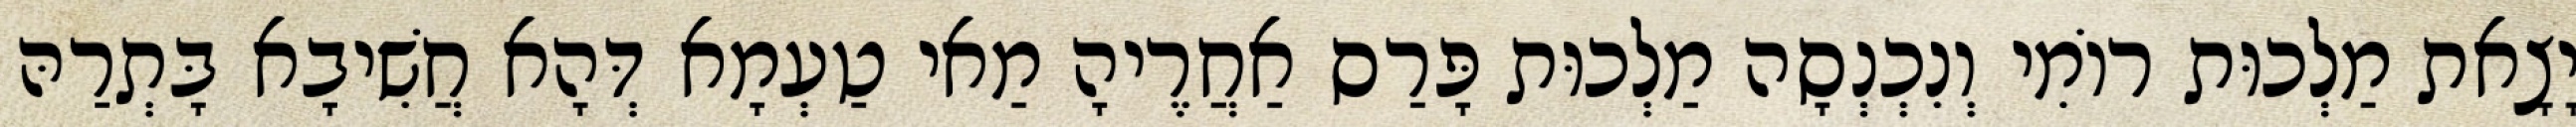
יָצָאת מַלְכוּת רוֹמִי וְנִכְנְסָה מַלְכוּת פָּרַס אַחֲרֶיהָ מַאי טַעְמָא דְּהָא חֲשִׁיבָא בָּתְרַהּ